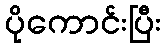
ပိုကောင်းပြီး